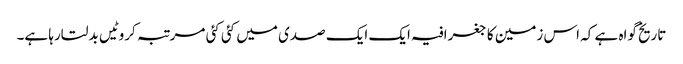
تاریخ گواہ ہے کہ اس زمین کا جغرافیہ ایک ایک صدی میں کئی کئی مرتبہ کروٹیں بدلتارہا ہے۔